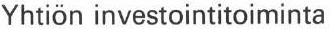
Yhtiön investointitoiminta